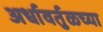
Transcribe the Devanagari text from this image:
अर्धावर्तुळच्या